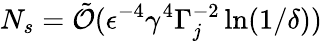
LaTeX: N_{s}=\tilde{\mathcal{O}}(\epsilon^{-4}\gamma^{4}\Gamma_{j}^{-2}\ln(1/\delta))